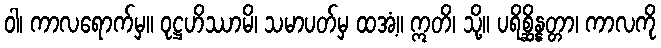
ဝါ၊ ကာလရောက်မှ။ ဝုဋ္ဌဟိဿာမိ၊ သမာပတ်မှ ထအံ့။ ဣတိ၊ သို့။ ပရိစ္ဆိန္နတ္တာ၊ ကာလကို